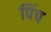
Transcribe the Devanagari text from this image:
पिंप